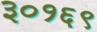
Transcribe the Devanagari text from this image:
३०१६९